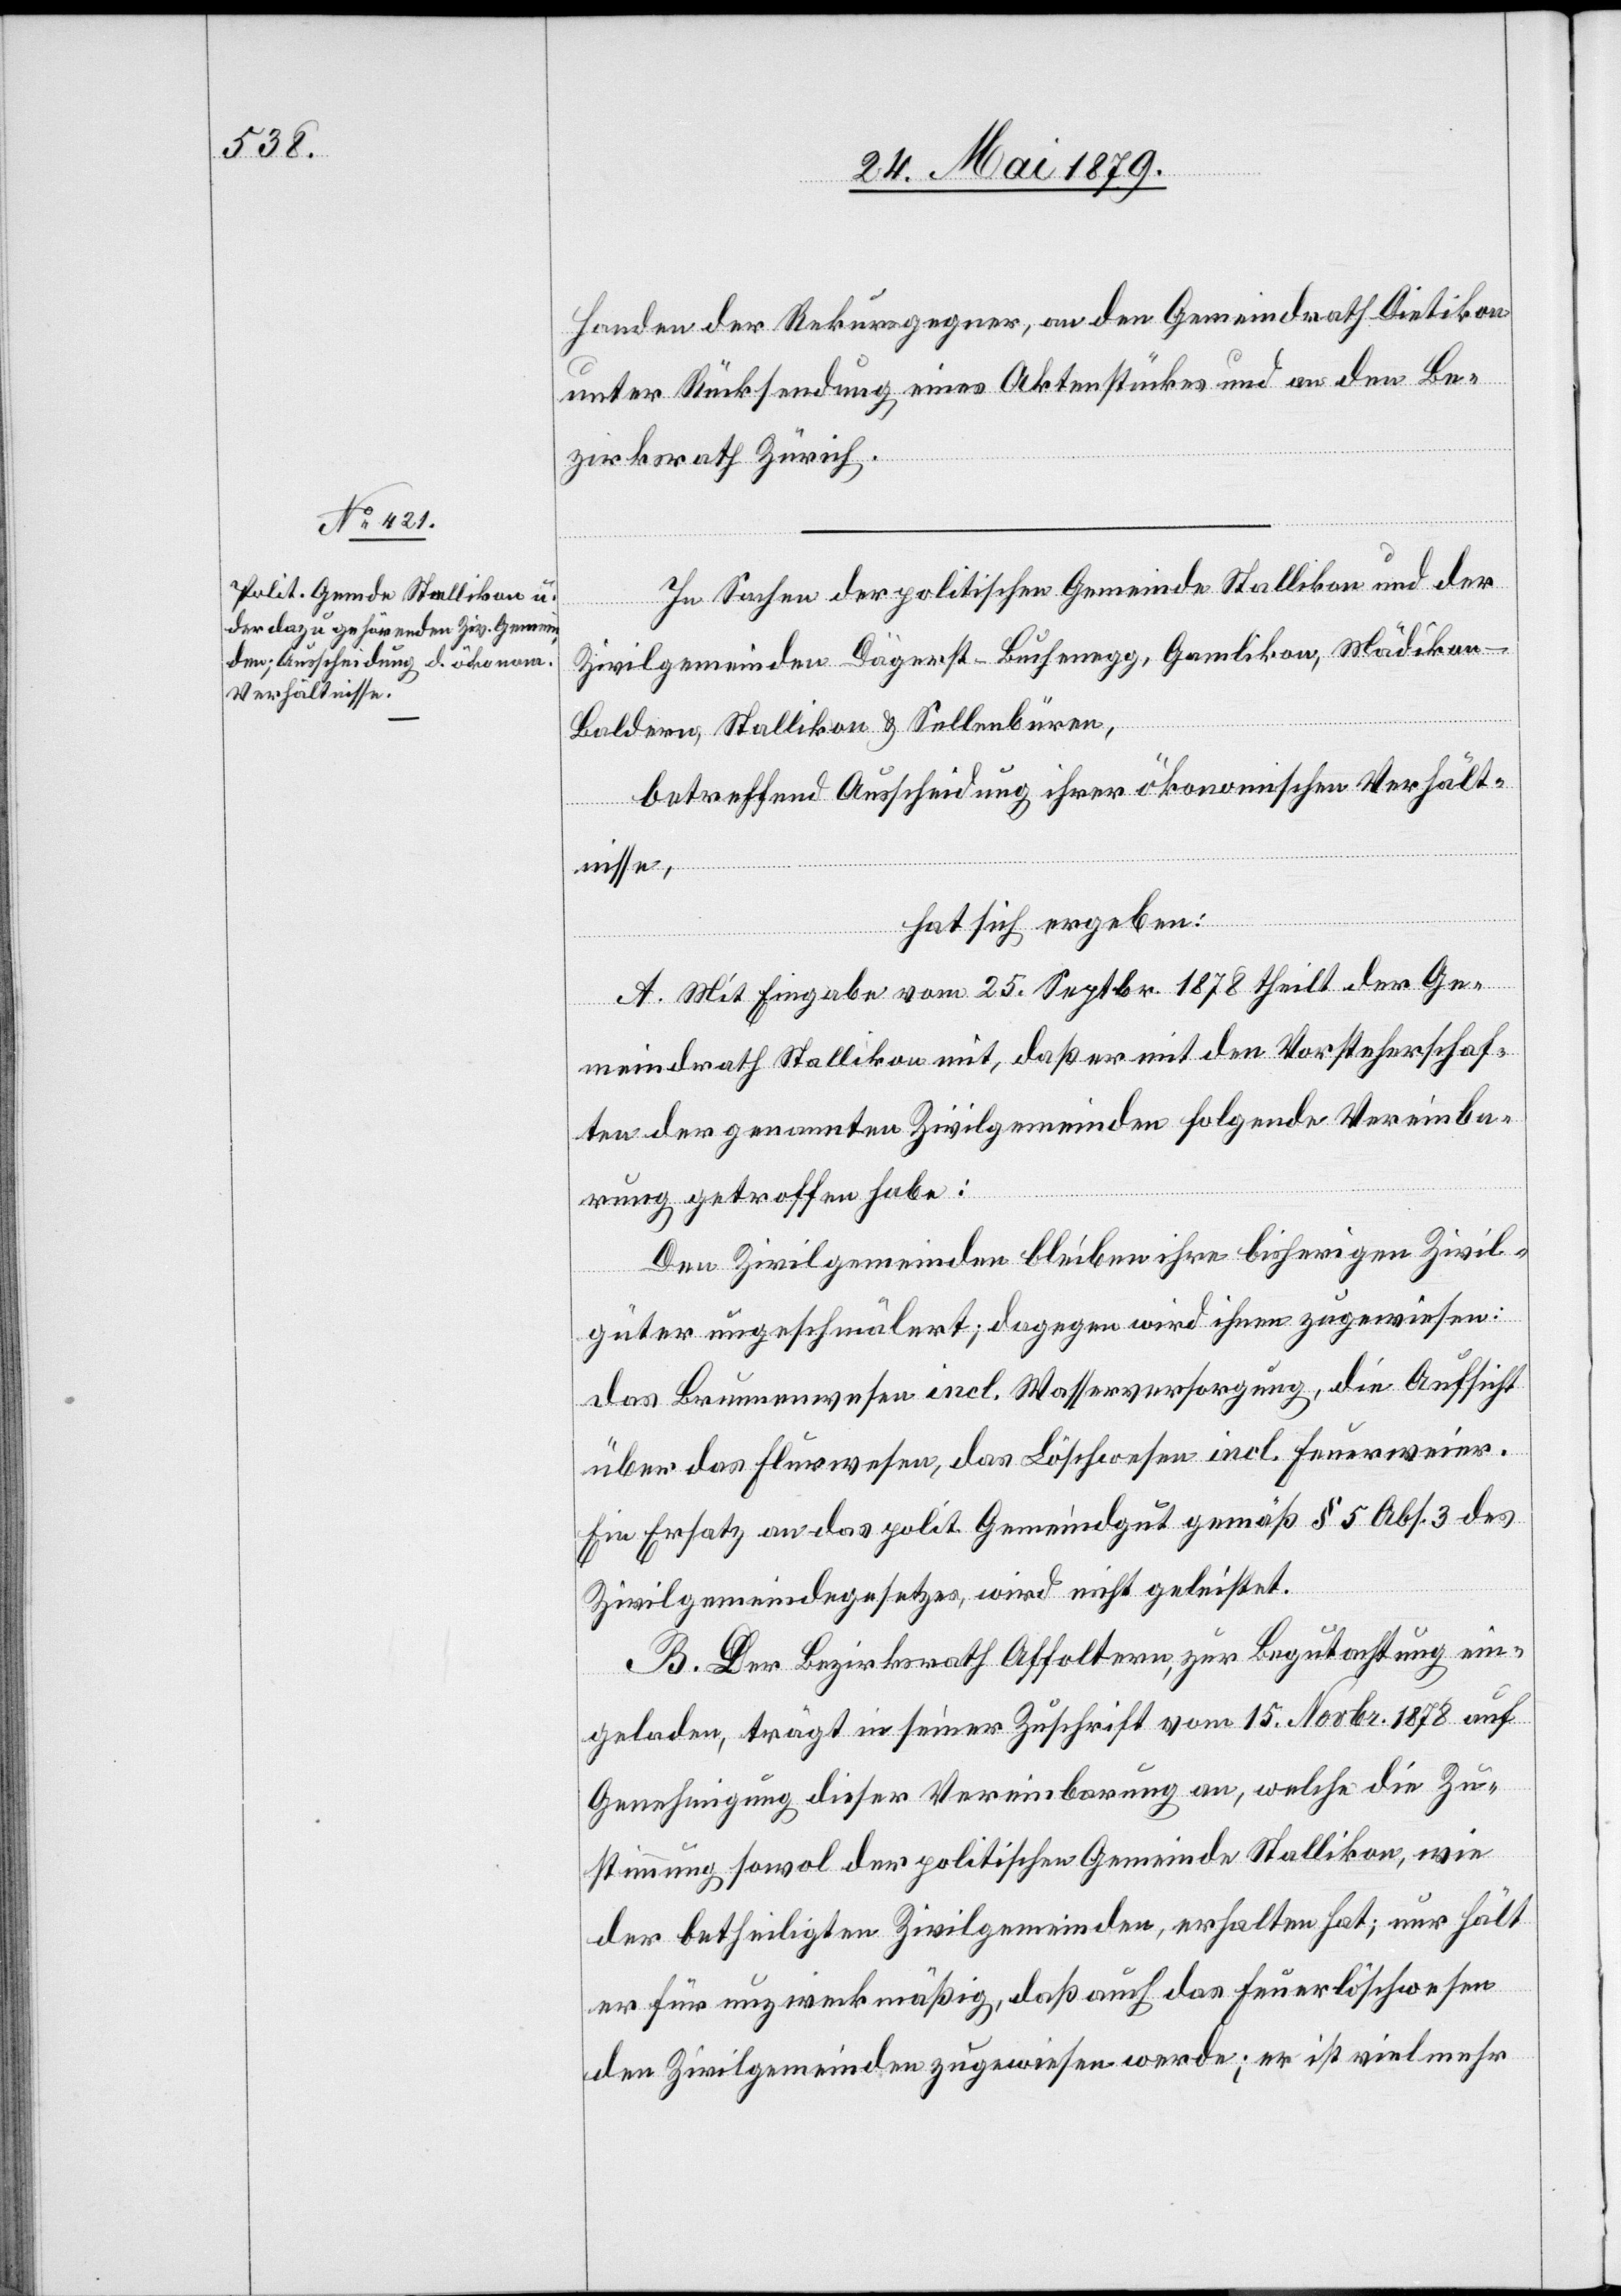
Handen der Rekursgegner, an den Gemeindrath Dietikon
unter Rücksendung eines Aktenstückes und an den Be¬
zirksrath Zürich.
In Sachen der politischen Gemeinde Stallikon und der
Zivilgemeinden Dägerst-Buchenegg, Gamlikon, Mädikon-B¬
aldern, Stallikon & Sellenbüren,
betreffend Ausscheidung ihrer ökonomischen Verhält¬
nisse,
hat sich ergeben:
A. Mit Eingabe vom 25. Septbr. 1878 theilt der Ge¬
meindrath Stallikon mit, daß er mit den Vorsteherschaf¬
ten der genannten Zivilgemeinden folgende Vereinba¬
rung getroffen habe:
Den Zivilgemeinden bleiben ihre bisherigen Zivil¬
güter ungeschmälert; dagegen wird ihnen zugewiesen:
das Brunnwesen incl. Wasserversorgung, die Aufsicht
über das Flurwesen, das Löschwesen incl. Feuerweier.
Ein Ersatz an das polit. Gemeindgut gemäß § 5 Abs. 3 des
Zivilgemeindegesetzes, wird nicht geleistet.
B. Der Bezirksrath Affoltern, zur Begutachtung ein¬
geladen, trägt in seiner Zuschrift vom 15. Novbr. 1878 auf
Genehmigung dieser Vereinbarung an, welche die Zu¬
stimmung sowol der politischen Gemeinde Stallikon, wie
der betheiligten Zivilgemeinden, erhalten hat; nur hält
er für unzweckmäßig, daß auch das Feuerlöschwesen
den Zivilgemeinden zugewiesen werde; er ist vielmehr